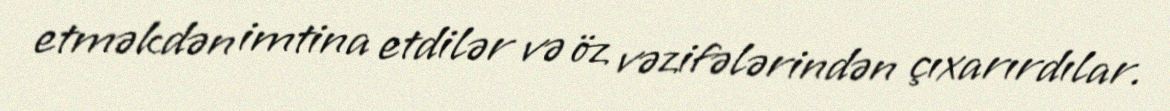
etməkdən imtina etdilər və öz vəzifələrindən çıxarırdılar.